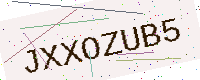
Text: JXXOZUB5